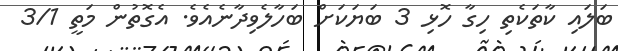
ބަލައި ކާތަކެތި ހިގާ ހޮޅި 3 ބަޔަަކަށް ބަހާލެވިދާނެއެވެ. އެގޮތުން މަތީ 3/1